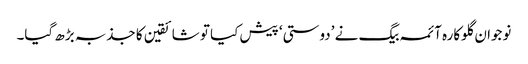
نوجوان گلوکارہ آئمہ بیگ نے ’دوستی‘ پیش کیا تو شائقین کا جذبہ بڑھ گیا۔